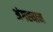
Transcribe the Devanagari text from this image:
अंगस्थान